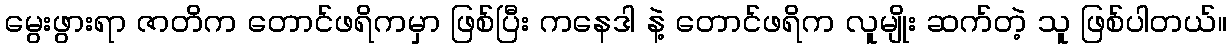
မွေးဖွားရာ ဇာတိက တောင်ဖရိကမှာ ဖြစ်ပြီး ကနေဒါ နဲ့ တောင်ဖရိက လူမျိုး ဆက်တဲ့ သူ ဖြစ်ပါတယ်။